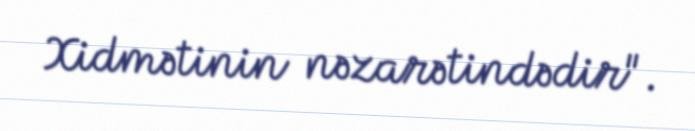
Xidmətinin nəzarətindədir".